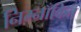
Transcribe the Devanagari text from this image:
निम्नाँकित